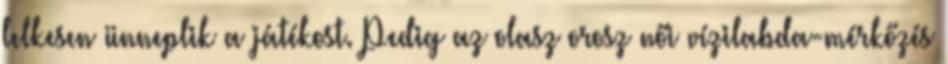
lelkesen ünneplik a játékost. Pedig az olasz–orosz női vízilabda-mérkőzés